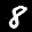
Label: 8